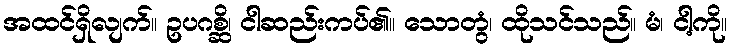
အထင်ရှိလျက်။ ဥပဂစ္ဆိ၊ ငါဆည်းကပ်၏။ သောတွံ၊ ထိုသင်သည်။ မံ၊ ငါ့ကို။